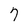
Character: 7